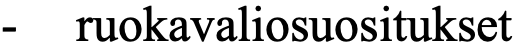
-  ruokavaliosuositukset